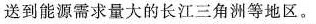
送到能源需求量大的长江三角洲等地区。